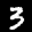
Label: 3